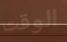
الوقت